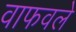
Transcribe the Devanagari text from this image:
वाफवले